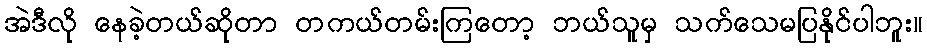
အဲဒီလို နေခဲ့တယ်ဆိုတာ တကယ်တမ်းကြတော့ ဘယ်သူမှ သက်သေမပြနိုင်ပါဘူး။